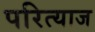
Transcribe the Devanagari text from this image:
परित्याज